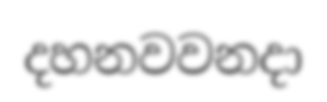
දහනවවනදා